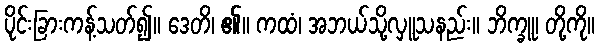
ပိုင်းခြားကန့်သတ်၍။ ဒေတိ၊ ၏။ ကထံ၊ အဘယ်သို့လှူသနည်း။ ဘိက္ခူ၊ တို့ကို။